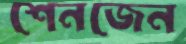
শেনজেন